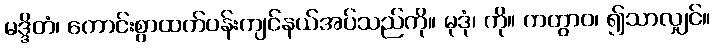
မဒ္ဒိတံ၊ ကောင်းစွာထက်ဝန်းကျင်နယ်အပ်သည်ကို။ မုဒုံ၊ ကို။ ကတွာဝ၊ ၍သာလျှင်။